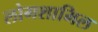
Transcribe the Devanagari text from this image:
लोगशामिल